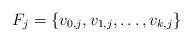
LaTeX: \begin{align*}F_j=\{v_{0,j}, v_{1,j},\ldots, v_{k,j}\}\end{align*}